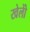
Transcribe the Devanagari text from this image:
खेलोें